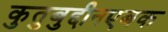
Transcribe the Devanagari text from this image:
कुतुबुद्दीनएबक